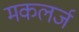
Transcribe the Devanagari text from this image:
मकलर्ज